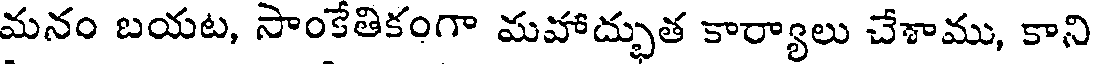
మనం బయట, సాంకేతికంగా మహాద్భుత కార్యాలు చేశాము, కాని